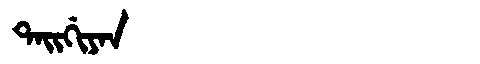
Manchu: ᡨᠠᡳᡤᡳᠶᠠᠨ
Romanization: TAIGIYAN